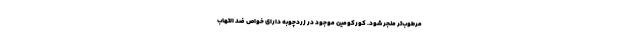
مرطوب‌تر منجر شود. کورکومین موجود در زردچوبه دارای خواص ضد التهاب